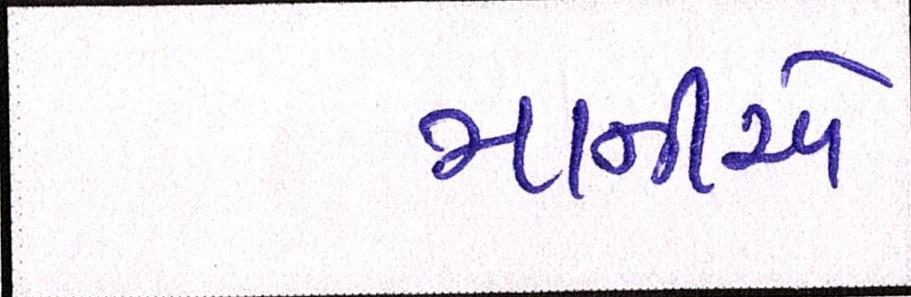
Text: માનીએ